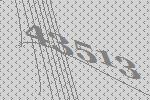
43513